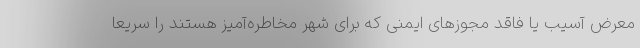
معرض آسیب یا فاقد مجوزهای ایمنی که برای شهر مخاطره‌آمیز هستند را سریعا